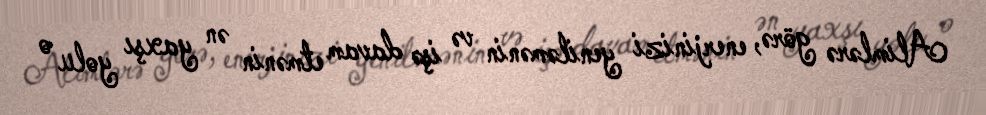
Alimlərə görə, enerjinizi yeniləmənin və işə davam etmənin ən yaxşı yolu o